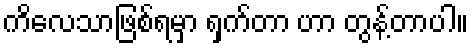
ကိလေသာဖြစ်ရမှာ ရှက်တာ ဟာ တွန့်တာပါ။